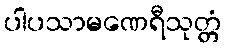
ပါပသာမဏေရီသုတ္တံ